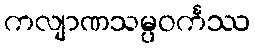
ကလျာဏသမ္ပဝင်္ကဿ